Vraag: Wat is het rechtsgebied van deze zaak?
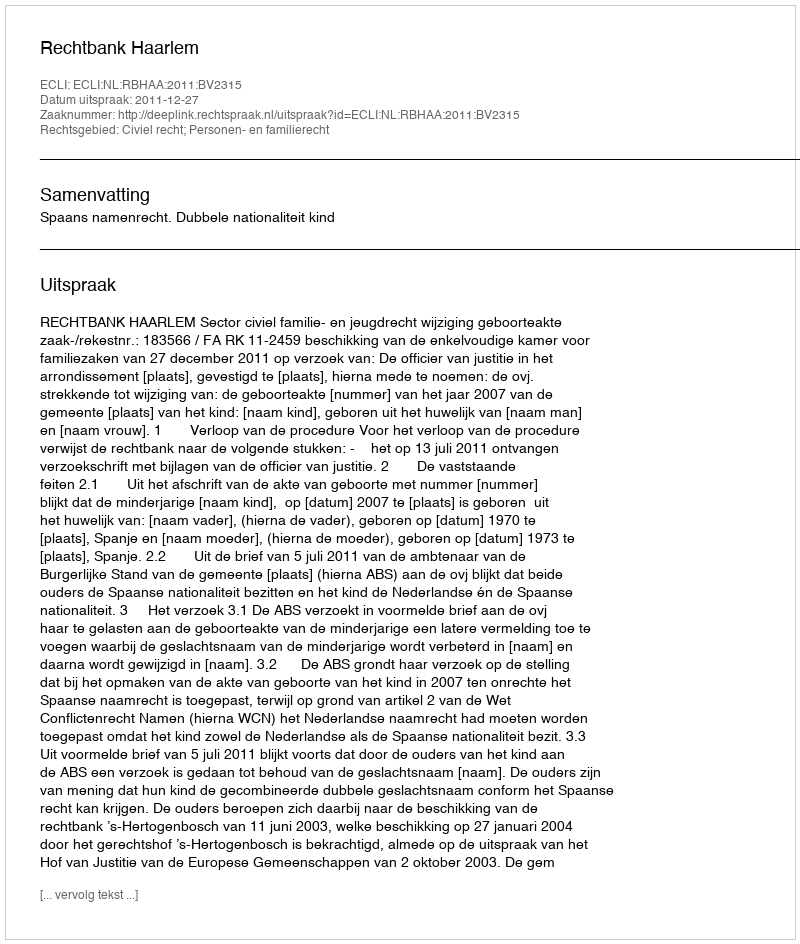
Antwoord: Civiel recht; Personen- en familierecht